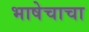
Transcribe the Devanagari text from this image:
भाषेचाचा